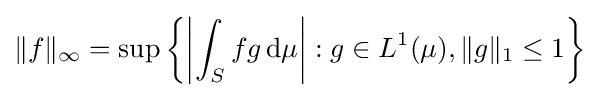
\|f\|_{\infty }=\sup \left\{\left|\int _{S}fg\,\mathrm {d} \mu \right|:g\in L^{1}(\mu ),\|g\|_{1}\leq 1\right\}